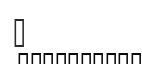
١